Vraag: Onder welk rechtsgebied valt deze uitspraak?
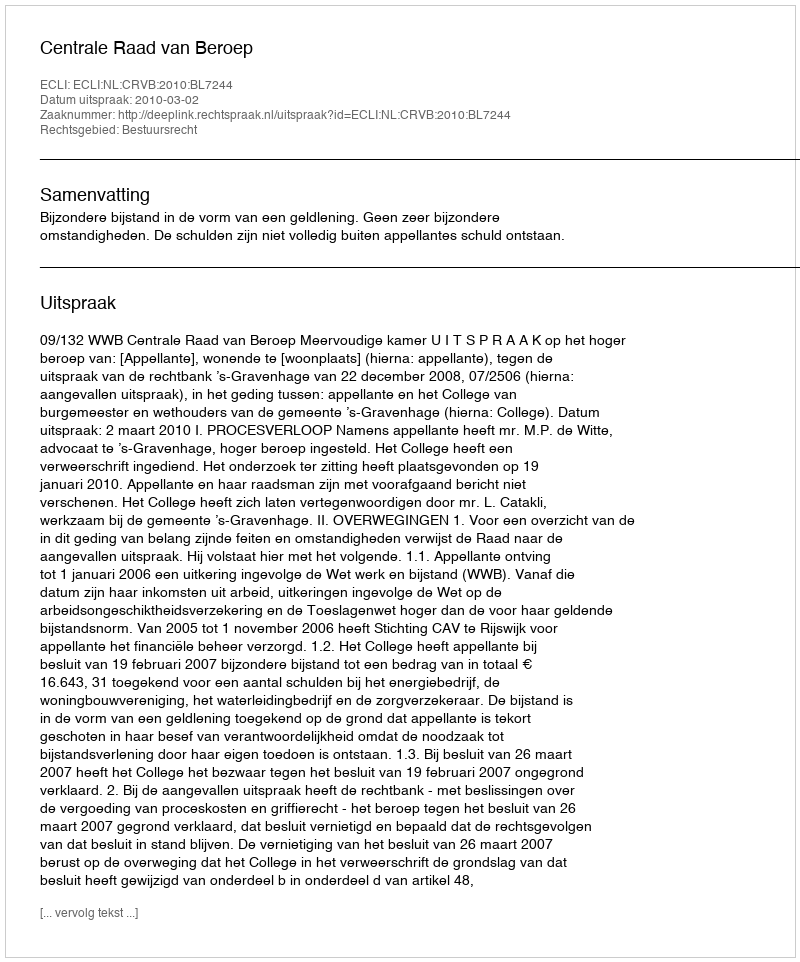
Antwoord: Bestuursrecht